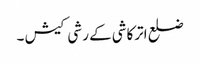
ضلع اترکاشی کے رشی کیش ۔